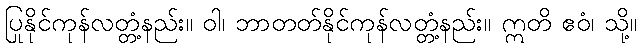
ပြုနိုင်ကုန်လတ္တံ့နည်း။ ဝါ၊ ဘာတတ်နိုင်ကုန်လတ္တံ့နည်း။ ဣတိ ဧဝံ၊ သို့။